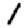
Digit: 1